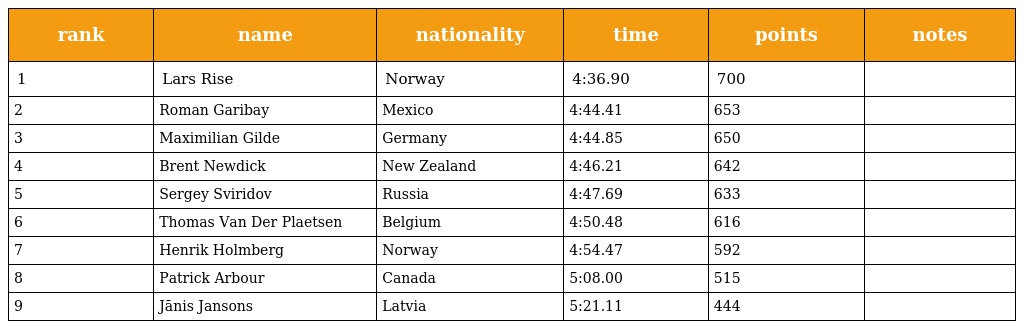
| rank | name | nationality | time | points | notes |
 | --- | --- | --- | --- | --- | --- |
 | 1 | Lars Rise | Norway | 4:36.90 | 700 |  |
 | 2 | Roman Garibay | Mexico | 4:44.41 | 653 |  |
 | 3 | Maximilian Gilde | Germany | 4:44.85 | 650 |  |
 | 4 | Brent Newdick | New Zealand | 4:46.21 | 642 |  |
 | 5 | Sergey Sviridov | Russia | 4:47.69 | 633 |  |
 | 6 | Thomas Van Der Plaetsen | Belgium | 4:50.48 | 616 |  |
 | 7 | Henrik Holmberg | Norway | 4:54.47 | 592 |  |
 | 8 | Patrick Arbour | Canada | 5:08.00 | 515 |  |
 | 9 | Jānis Jansons | Latvia | 5:21.11 | 444 |  |